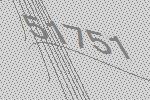
51751